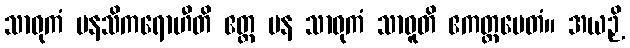
သာဓုကံ မနသိကရောဟီတိ ဧတ္ထ ပန သာဓုကံ သာဓူတိ ဧကတ္ထမေတံ။ အယဉှိ